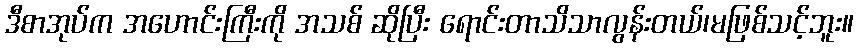
ဒီစာအုပ်က အဟောင်းကြီးကို အသစ် ဆိုပြီး ရောင်းတာသိသာလွန်းတယ်၊မဖြစ်သင့်ဘူး။